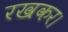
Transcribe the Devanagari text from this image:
रखकर।